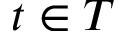
t \in T